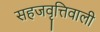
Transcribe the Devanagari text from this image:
सहजवृत्तिवाली